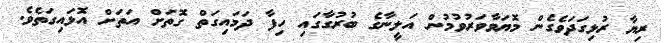
ރިޔާ ރުޅިގަދަވެގެން މޮޔަވާވަރުވުމުން އަލީނާގެ ބުރުގާގައި ހިފާ ދަމައިގަތް ގޮތަށް އަތަށް އޮޅައިގަތެވެ.